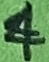
Text: 4